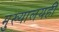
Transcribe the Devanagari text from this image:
मुख्यालयही